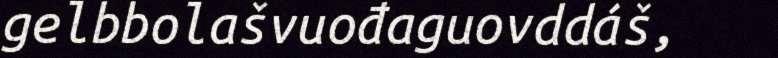
gelbbolašvuođaguovddáš,